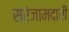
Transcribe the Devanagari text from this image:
सरंजामदारी